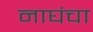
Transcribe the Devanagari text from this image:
नाघंचा